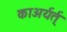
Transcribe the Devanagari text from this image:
काअर्यर्त्